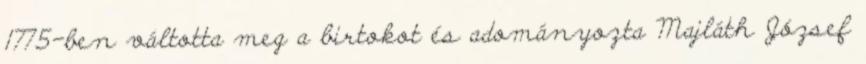
1775-ben váltotta meg a birtokot és adományozta Majláth József